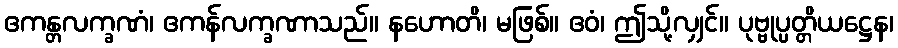
ဧကန္တလက္ခဏံ၊ ဧကန်လက္ခဏာသည်။ နဟောတိ၊ မဖြစ်။ ဧဝံ၊ ဤသို့လျှင်။ ပုဗ္ဗုပ္ပတ္တိယဋ္ဌေန၊